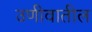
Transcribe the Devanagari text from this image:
उणीवातील